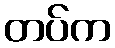
တပ်က